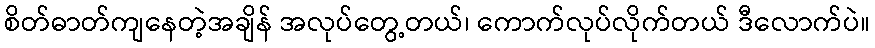
စိတ်ဓာတ်ကျနေတဲ့အချိန် အလုပ်တွေ့တယ်၊ ကောက်လုပ်လိုက်တယ် ဒီလောက်ပဲ။